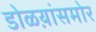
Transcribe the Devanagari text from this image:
डोळय़ांसमोर